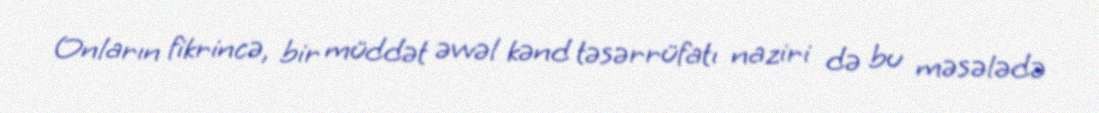
Onların fikrincə, bir müddət əvvəl kənd təsərrüfatı naziri də bu məsələdə